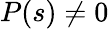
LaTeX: P(s)\neq 0